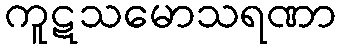
ကူဋသမောသရဏာ